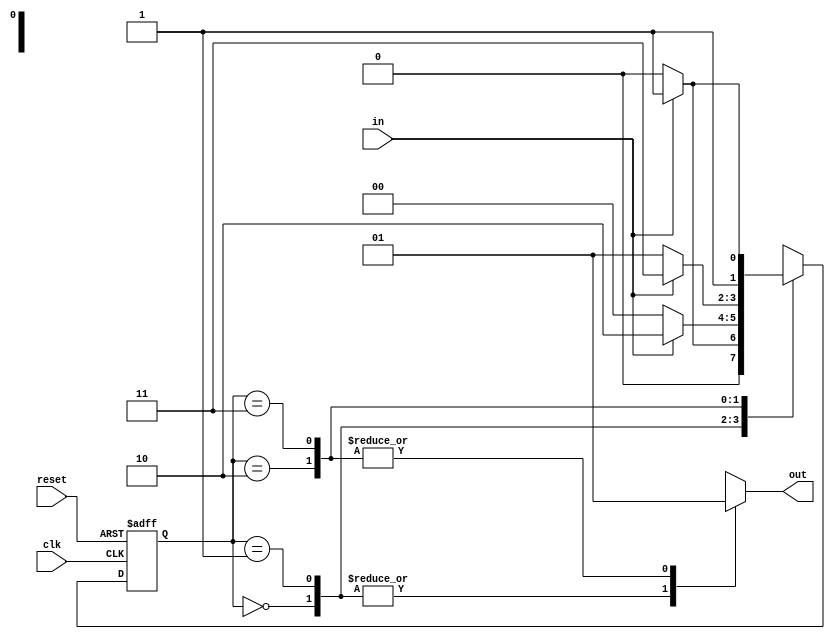
module MealyStateMachine (
    input wire clk,
    input wire reset,
    input wire in,
    output reg out
);

// State definitions
parameter S0 = 2'b00;
parameter S1 = 2'b01;
parameter S2 = 2'b10;
parameter S3 = 2'b11;
reg [1:0] state, next_state;

// State transition logic
always @ (posedge clk or posedge reset) begin
    if (reset) begin
        state <= S0;
    end else begin
        state <= next_state;
    end
end

// Output logic
always @ (*) begin
    case (state)
        S0: begin
            next_state = (in) ? S1 : S0;
            out = 1'b0;
        end
        S1: begin
            next_state = (in) ? S2 : S0;
            out = 1'b0;
        end
        S2: begin
            next_state = (in) ? S3 : S1;
            out = 1'b1;
        end
        S3: begin
            next_state = (in) ? S3 : S2;
            out = 1'b1;
        end
        default: begin
            next_state = S0;
            out = 1'b0;
        end
    endcase
end

endmodule